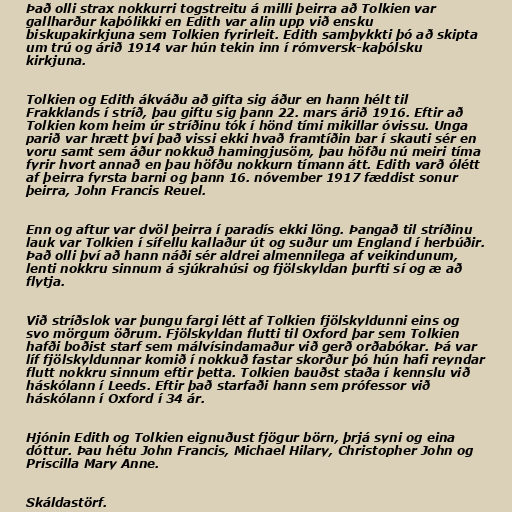
Það olli strax nokkurri togstreitu á milli þeirra að Tolkien var
gallharður kaþólikki en Edith var alin upp við ensku
biskupakirkjuna sem Tolkien fyrirleit. Edith samþykkti þó að skipta
um trú og árið 1914 var hún tekin inn í rómversk-kaþólsku
kirkjuna.

Tolkien og Edith ákváðu að gifta sig áður en hann hélt til
Frakklands í stríð, þau giftu sig þann 22. mars árið 1916. Eftir að
Tolkien kom heim úr stríðinu tók í hönd tími mikillar óvissu. Unga
parið var hrætt því það vissi ekki hvað framtíðin bar í skauti sér en
voru samt sem áður nokkuð hamingjusöm, þau höfðu nú meiri tíma
fyrir hvort annað en þau höfðu nokkurn tímann átt. Edith varð ólétt
af þeirra fyrsta barni og þann 16. nóvember 1917 fæddist sonur
þeirra, John Francis Reuel.

Enn og aftur var dvöl þeirra í paradís ekki löng. Þangað til stríðinu
lauk var Tolkien í sífellu kallaður út og suður um England í herbúðir.
Það olli því að hann náði sér aldrei almennilega af veikindunum,
lenti nokkru sinnum á sjúkrahúsi og fjölskyldan þurfti sí og æ að
flytja.

Við stríðslok var þungu fargi létt af Tolkien fjölskyldunni eins og
svo mörgum öðrum. Fjölskyldan flutti til Oxford þar sem Tolkien
hafði boðist starf sem málvísindamaður við gerð orðabókar. Þá var
líf fjölskyldunnar komið í nokkuð fastar skorður þó hún hafi reyndar
flutt nokkru sinnum eftir þetta. Tolkien bauðst staða í kennslu við
háskólann í Leeds. Eftir það starfaði hann sem prófessor við
háskólann í Oxford í 34 ár.

Hjónin Edith og Tolkien eignuðust fjögur börn, þrjá syni og eina
dóttur. Þau hétu John Francis, Michael Hilary, Christopher John og
Priscilla Mary Anne.

Skáldastörf.